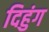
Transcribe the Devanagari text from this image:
दिहुंग